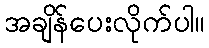
အချိန်ပေးလိုက်ပါ။